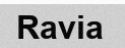
Ravia